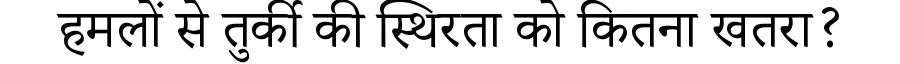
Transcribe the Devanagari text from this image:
हमलों से तुर्की की स्थिरता को कितना खतरा?